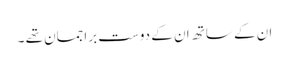
ان کے ساتھ ان کے دوست براجمان تھے ۔